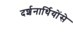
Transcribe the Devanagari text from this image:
दर्शनार्थियोंसे